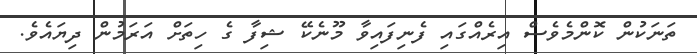
ތަނަކުން ކޮންމެވެސް އިރެއްގައި ފެނިފައިވާ މޫނެކޭ ޝިފާ ގެ ހިތަށް އަރަމުން ދިޔައެވެ.